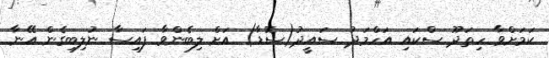
ކަމަށްވާ ހިތަދޫ ސްކައި އަހްމަދު ސައީދު(ސޮޑާ) އަށް ލިބެންވާ ފައިސާ ނުލިބިގެން އޭނާ